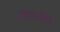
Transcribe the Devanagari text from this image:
क्लासेस्